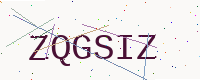
Text: ZQGSIZ